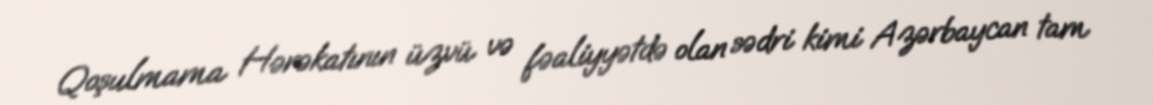
Qoşulmama Hərəkatının üzvü və fəaliyyətdə olan sədri kimi Azərbaycan tam